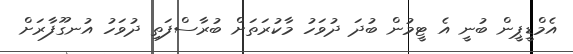
އެމްޑީޕީން ބުނީ އެ ޓީމުން ބުދަ ދުވަހު މާކުރަތަށް ބުރާސްފަތި ދުވަހު އުނގޫފާރަށް